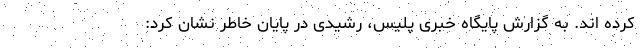
کرده اند. به گزارش پایگاه خبری پلیس، رشیدی در پایان خاطر نشان کرد: